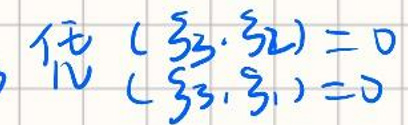
\[
\begin{cases}
(\xi_3,\xi_2)=0\\
(\xi_3,\xi_1)=0
\end{cases}
\]